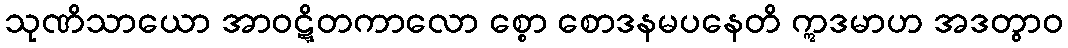
သုဏိသာယော အာဝဋ္ဋိတကာလော စ္စော စောဒနမပနေတိ ဣဒမာဟ အဒတွာဝ